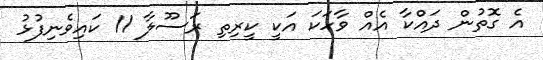
އެ ގޮތުން ދައްކާ އެއް ވާހަކަ އަކީ ކީރިތި ރަސޫލާ 11 ކައިވެނިފުޅު